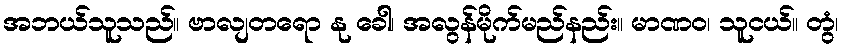
အဘယ်သူသည်။ ဗာလျတရော နု ခေါ၊ အလွန်မိုက်မည်နည်း။ မာဏဝ၊ သူငယ်။ တွံ၊